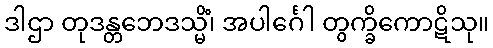
ဒါဌာ တုဒန္တဘေဒသ္မိံ၊ အပါင်္ဂေါ တွက္ခိကောဋိသု။